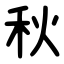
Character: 秋